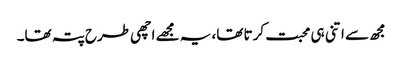
مجھ سے اتنی ہی محبت کرتا تھا، یہ مجھے اچھی طرح پتہ تھا۔